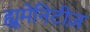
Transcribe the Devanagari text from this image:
ह्यूमेनिटीज़